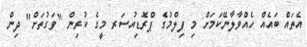
އެތައް ބައެއް ހެއްވާލާނޭކަމަށް މި ފިލްމުގެ ޕްރޮޑިއުސަރ މީގެ ކުރިން "ވަގުތަށް" ދިން